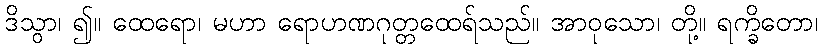
ဒိသွာ၊ ၍။ ထေရော၊ မဟာ ရောဟဏဂုတ္တထေရ်သည်။ အာဝုသော၊ တို့။ ရက္ခိတော၊